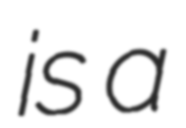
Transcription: is a